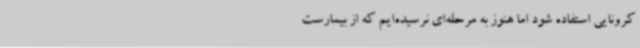
کرونایی استفاده شود اما هنوز به مرحله‌ای نرسیده‌ایم که از بیمارست